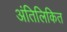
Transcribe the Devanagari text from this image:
अंतिलिकित